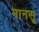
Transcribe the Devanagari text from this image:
मानसू